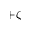
+ \zeta